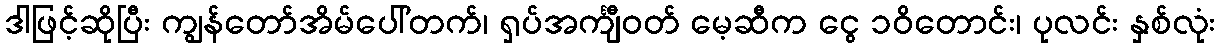
ဒါဖြင့်ဆိုပြီး ကျွန်တော်အိမ်ပေါ်တက်၊ ရှပ်အင်္ကျီဝတ် မေ့ဆီက ငွေ ၁၀ိတောင်း၊ ပုလင်း နှစ်လုံး